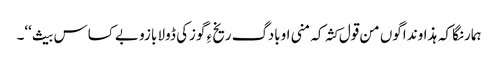
ہمارنگا کہ ہذاوند اگوں من قول کثہ کہ منی اوبادگ ریخ ءِ گوزکی ڈولا بازو بے کساس بیث‘‘۔